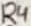
Text: R4